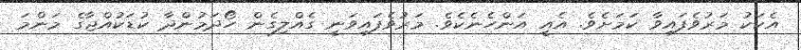
އެކަކު މަރުވެފައިވާ ކަމަށެވެ. އެއީ އަންހެނެކެވެ. މަރުވެފައިވަނީ ގެއްލިގެން ހޯދަމުންދާ ކުޑަކުއްޖާގެ މަންމަ